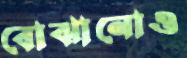
বোঝানোও